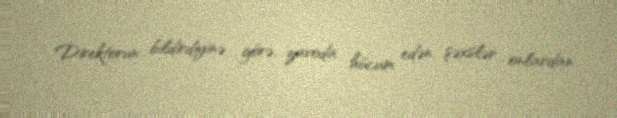
Direktorun bildirdiyinə görə, zavoda hücum edən şəxslər onlardan